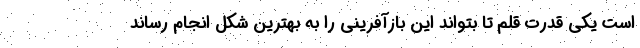
است یکی قدرت قلم تا بتواند این بازآفرینی را به بهترین شکل انجام رساند